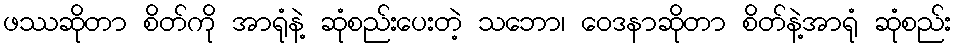
ဖဿဆိုတာ စိတ်ကို အာရုံနဲ့ ဆုံစည်းပေးတဲ့ သဘော၊ ဝေဒနာဆိုတာ စိတ်နဲ့အာရုံ ဆုံစည်း